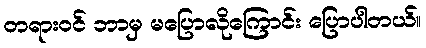
တရားဝင် ဘာမှ မပြောလိုကြောင်း ပြောပါတယ်။